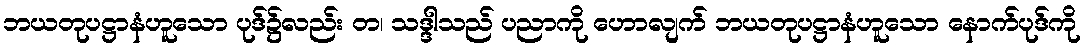
ဘယတုပဋ္ဌာနံဟူသော ပုဒ်၌လည်း တ၊ သဒ္ဒါသည် ပညာကို ဟောလျက် ဘယတုပဋ္ဌာနံဟူသော နောက်ပုဒ်ကို